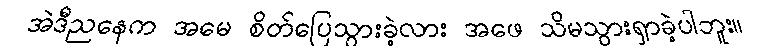
အဲဒီညနေက အမေ စိတ်ပြေသွားခဲ့လား အဖေ သိမသွားရှာခဲ့ပါဘူး။